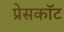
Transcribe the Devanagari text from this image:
प्रेसकॉट